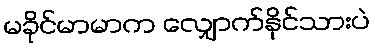
မခိုင်မာမာက လျှောက်နိုင်သားပဲ